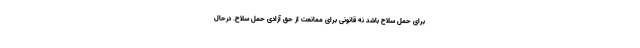
برای حمل سلاح باشد نه قانونی برای ممانعت از حق آزادی حمل سلاح. درحال